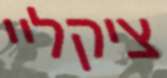
ציקליי